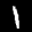
Label: 1